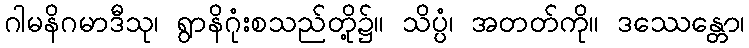
ဂါမနိဂမာဒီသု၊ ရွာနိဂုံးစသည်တို့၌။ သိပ္ပံ၊ အတတ်ကို။ ဒဿေန္တော၊